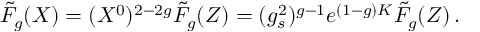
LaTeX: \tilde { F } _ { g } ( X ) = ( X ^ { 0 } ) ^ { 2 - 2 g } \tilde { F } _ { g } ( Z ) = ( g _ { s } ^ { 2 } ) ^ { g - 1 } e ^ { ( 1 - g ) K } \tilde { F } _ { g } ( Z ) \, .